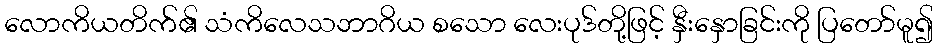
လောကိယတိက်၏ သံကိလေသဘာဂိယ စသော လေးပုဒ်တို့ဖြင့် နှီးနှောခြင်းကို ပြတော်မူ၍